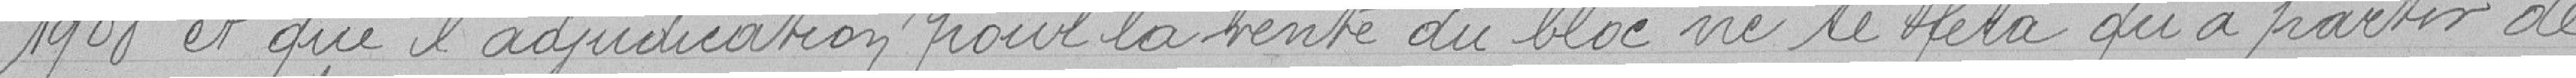
1908 et que l'adjudication pour la vente du bloc ne se fera qu'à partir de